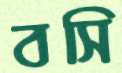
বসি